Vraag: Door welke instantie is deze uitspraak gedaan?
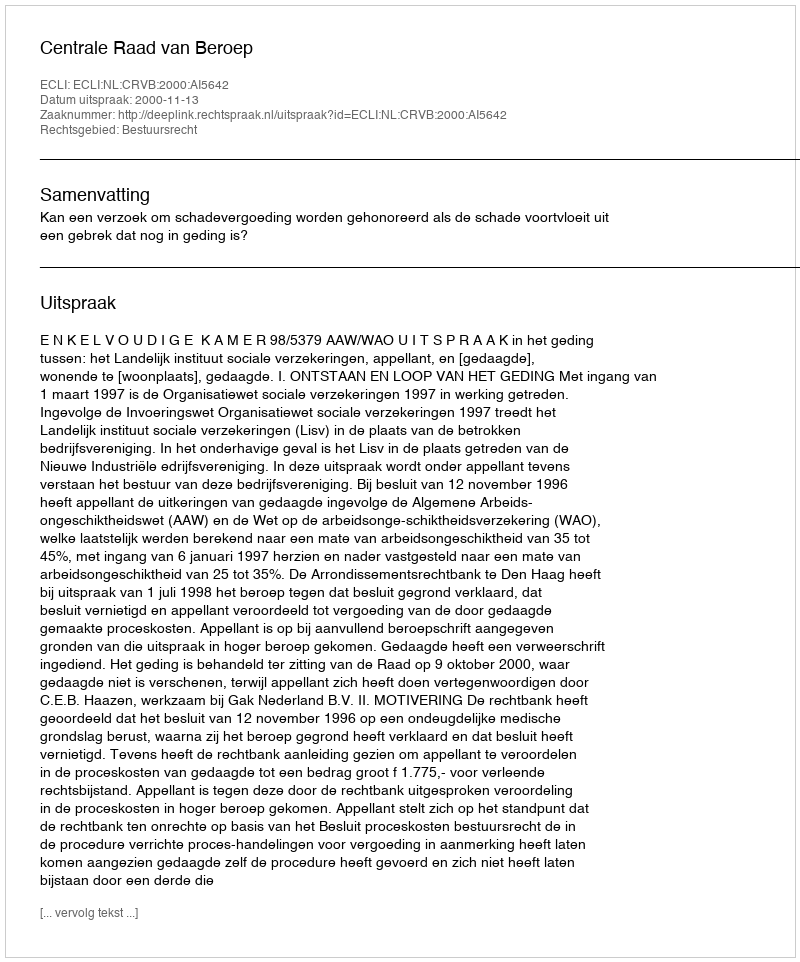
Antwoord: Centrale Raad van Beroep